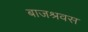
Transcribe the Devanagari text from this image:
बाजश्रवस